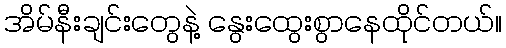
အိမ်နီးချင်းတွေနဲ့ နွေးထွေးစွာနေထိုင်တယ်။